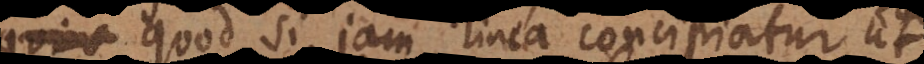
Quod si jam linea concipiatur ut